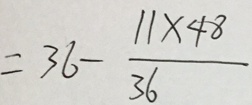
= 3 6 - \frac { 1 1 \times 4 8 } { 3 6 }